Punjab Mental Hospital Lahore 1922-31 - 1922-1931
Year: 1922
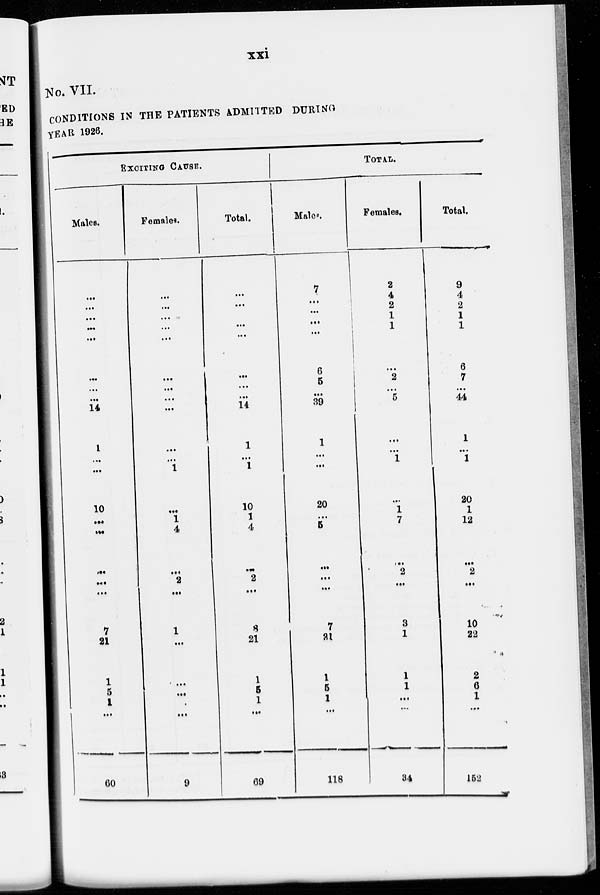
xxi
No. VII.
CONDITIONS IN THE PATIENTS ADMITTED DURING
YEAR 1926.
EXCITING CAUSE.
Males.
...
...
...
...
...
...
...
...
14
1
...
...
10
...
...
...
...
...
7
21
1
5
1
...
60
Females.
...
...
...
...
...
...
...
...
...
...
...
1
...
1
4
...
2
...
1
...
...
...
...
...
9
Total.
...
...
...
...
...
...
...
...
14
1
...
1
10
1
4
...
2
...
8
21
1
5
1
...
69
TOTAL.
Males.
7
...
...
...
...
6
5
...
39
1
...
...
20
...
5
...
...
...
7
31
1
5
1
...
118
Females.
2
4
2
1
1
...
2
...
5
...
...
1
...
1
7
...
2
...
3
1
1
1
...
...
34
Total.
9
4
2
1
1
6
7
...
44
1
...
1
20
1
12
...
2
...
10
32
2
6
1
...
152